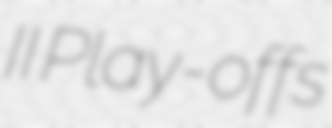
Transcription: II Play-offs